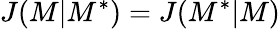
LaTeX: J(M|M^{*})=J(M^{*}|M)